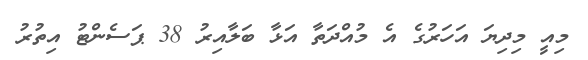
މިއީ މިދިޔަ އަހަރުގެ އެ މުއްދަތާ އަޅާ ބަލާއިރު 38 ޕަސެންޓު އިތުރު